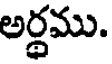
అర్థము.